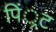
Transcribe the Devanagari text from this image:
पिं्रट